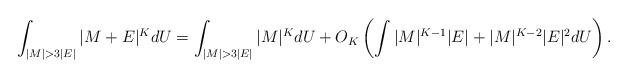
LaTeX: \begin{align*}\int_{|M| > 3 |E|} |M+E|^K dU & = \int_{|M| > 3 |E|} |M|^K dU + O_K \left( \int |M|^{K-1}|E| + |M|^{K-2}|E|^2 dU\right).\end{align*}